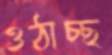
ওঠাচ্ছ